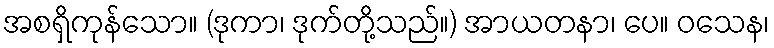
အစရှိကုန်သော။ (ဒုကာ၊ ဒုက်တို့သည်။) အာယတနာ၊ ပေ။ ဝသေန၊